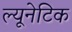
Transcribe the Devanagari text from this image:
ल्यूनेटिक